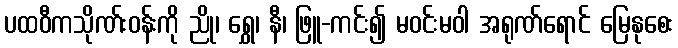
ပထဝီကသိုဏ်းဝန်းကို ညို၊ ရွှေ၊ နီ၊ ဖြူ-ကင်း၍ မဝင်းမဝါ အရုဏ်ရောင် မြေနုစေး